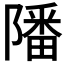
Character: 𨼠